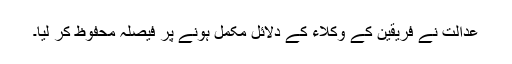
عدالت نے فریقین کے وکلاء کے دلائل مکمل ہونے پر فیصلہ محفوظ کر لیا۔